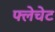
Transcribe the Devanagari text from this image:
फ्लेचेट